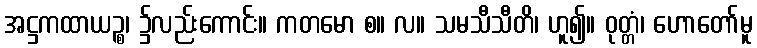
အဋ္ဌကထာယဉ္စ၊ ၌လည်းကောင်း။ ကတမော စ။ လ။ သမသီသီတိ၊ ဟူ၍။ ဝုတ္တံ၊ ဟောတော်မူ